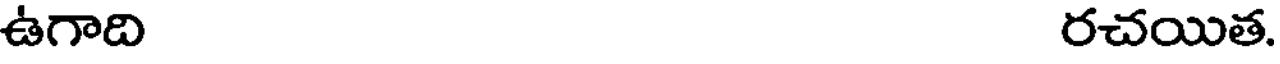
ఉగాది రచయిత